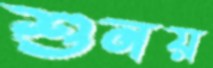
শুনয়